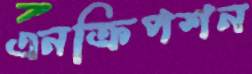
এনক্রিপশন